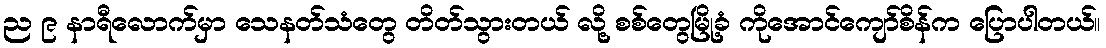
ည ၉ နာရီလောက်မှာ သေနတ်သံတွေ တိတ်သွားတယ် လို့ စစ်တွေမြို့ခံ ကိုအောင်ကျော်စိန်က ပြောပါတယ်။